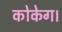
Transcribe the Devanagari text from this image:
कोकेग।